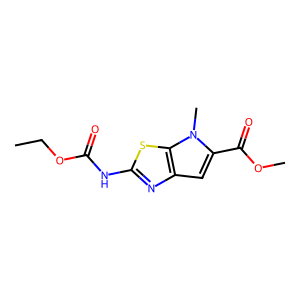
SMILES: CCOC(=O)Nc1nc2cc(C(=O)OC)n(C)c2s1
Inhibits HIV replication: No